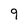
Character: 9